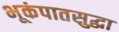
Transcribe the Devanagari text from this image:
भूकंपातसुद्धा